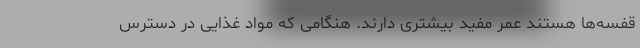
قفسه‌ها هستند عمر مفید بیشتری دارند. هنگامی که مواد غذایی در دسترس